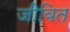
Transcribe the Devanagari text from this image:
जीवित